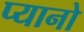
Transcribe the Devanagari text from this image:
प्यानो